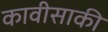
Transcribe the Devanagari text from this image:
कावीसाकी